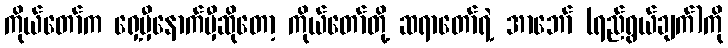
ကိုယ်တော်က ရှေ့မှီနောက်မှီဆိုတော့ ကိုယ်တော်တို့ ဆရာတော်ရဲ့ အာဘော် (ရည်ရွယ်ချက်)ကို